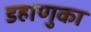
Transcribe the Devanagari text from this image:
डहाणुका